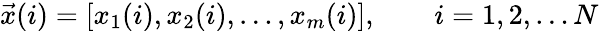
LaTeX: {\vec{x}}(i)=[x_{1}(i),x_{2}(i),\ldots,x_{m}(i)],\qquad i=1,2,\ldots N